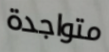
متواجدة